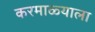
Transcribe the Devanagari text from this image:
करमाळ्याला